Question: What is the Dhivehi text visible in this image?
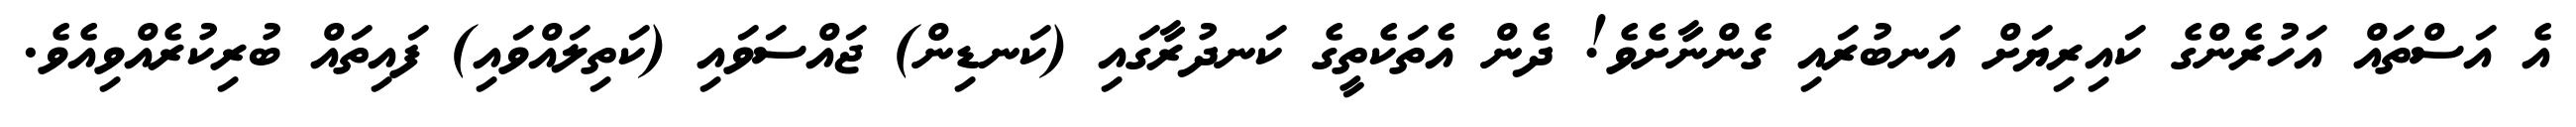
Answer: އެ އަސްތައް އަހުރެންގެ ކައިރިޔަށް އަނބުރައި ގެންނާށެވެ! ދެން އެތަކެތީގެ ކަނދުރާގައި (ކަނޑިން) ޖައްސަވައި (ކަތިލައްވައި) ފައިތައް ބުރިކުރެއްވިއެވެ.